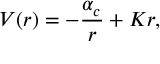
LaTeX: V ( r ) = - { \frac { { \alpha } _ { c } } { r } } + K r ,